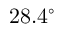
2 8 . 4 ^ { \circ }